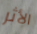
الأثر